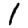
Digit: 1